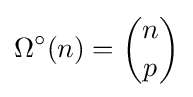
\Omega ^{\circ }(n)={\binom {n}{p}}